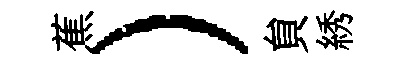
蕉）貟綉